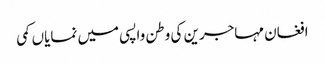
افغان مہاجرین کی وطن واپسی میں نمایاں کمی